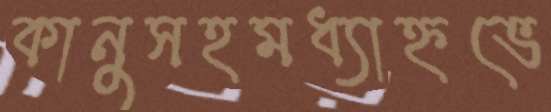
কানুসহমধ্যাহ্নভে